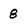
Character: 8